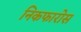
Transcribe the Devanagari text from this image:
निकफारोस